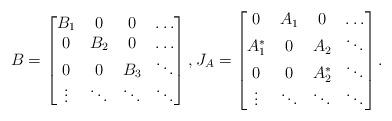
LaTeX: \begin{align*}B=\begin{bmatrix}B_1& 0& 0&\ldots\\0& B_2& 0&\ldots\\0& 0& B_3&\ddots\\\vdots& \ddots&\ddots&\ddots\end{bmatrix}, J_A=\begin{bmatrix}0& A_1& 0&\ldots\\A_1^*& 0& A_2&\ddots\\0& 0& A_2^*&\ddots\\\vdots& \ddots&\ddots&\ddots\end{bmatrix}.\end{align*}